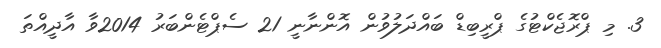
3. މި ޕްރޮޖެކްޓުގެ ޕްރީބިޑް ބައްދަލުވުން އޮންނާނީ 21 ސެޕްޓެންބަރު 2014ވާ އާދީއްތަ